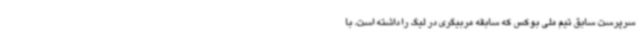
سرپرست سابق تیم ملی بوکس که سابقه مربیگری در لیگ را داشته است، با